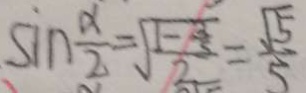
\sin \frac { \alpha } { 2 } = \sqrt { \frac { 1 - \frac { 3 } { 5 } } { 2 } } = \frac { \sqrt { 5 } } { 5 }